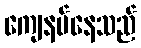
ကျေနပ်နေသည်